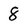
Character: 8